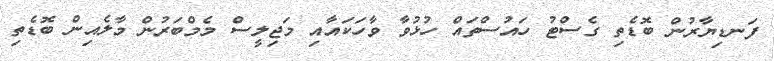
ފަނޑިޔާރުން ބޮޑެތި ގެސްޓު ހައުސްތައް ހުޅުވާ ވާހަކައާއި މަޖިލީސް މެމްބަރުން މާލެއިން ބޮޑެތި